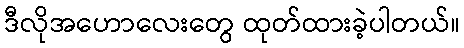
ဒီလိုအဟောလေးတွေ ထုတ်ထားခဲ့ပါတယ်။